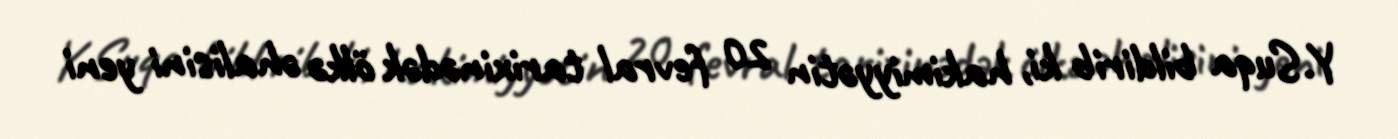
Y.Suqa bildirib ki, hakimiyyətin 20 fevral tarixinədək ölkə əhalisini yeni